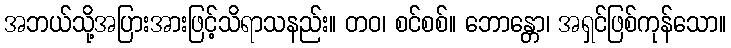
အဘယ်သို့အပြားအားဖြင့်သိရာသနည်း။ တဝ၊ စင်စစ်။ ဘောန္တော၊ အရှင်ဖြစ်ကုန်သော။